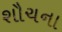
શૌચના